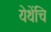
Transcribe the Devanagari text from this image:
येथेंचि